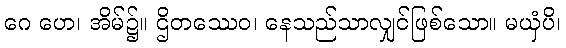
ဂေ ဟေ၊ အိမ်၌။ ဌိတဿေဝ၊ နေသည်သာလျှင်ဖြစ်သော။ မယှံပိ၊